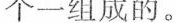
个一组成的。